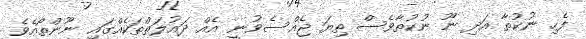
ފެހި ނުކުތާ އަދި ނޫ ނުކުތާވެސް ތިޔަ ޖެއްސެވުނީ އެއް ދައުލަތްތަކެއްގައި ނޫންތޯއެވެ